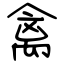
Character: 禽